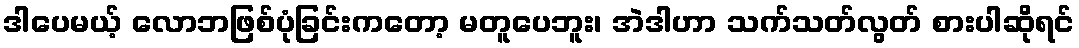
ဒါပေမယ့် လောဘဖြစ်ပုံခြင်းကတော့ မတူပေဘူး၊ အဲဒါဟာ သက်သတ်လွတ် စားပါဆိုရင်